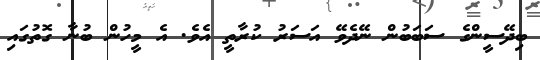
ބިދޭސީންގެ ސަބަބުން ނޭދެވޭ އަސަރު ކުރާތީ އެވެ. އެ މީހުން ބުނާ ގޮތުގައި